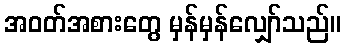
အဝတ်အစားတွေ မှန်မှန်လျှော်သည်။